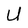
Character: U